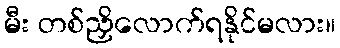
မီး တစ်ညှိလောက်ရနိုင်မလား။